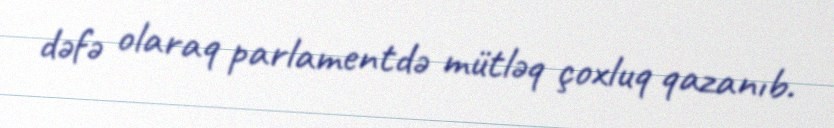
dəfə olaraq parlamentdə mütləq çoxluq qazanıb.